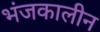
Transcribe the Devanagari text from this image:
भंजकालीन